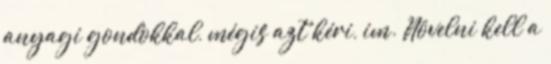
anyagi gondokkal, mégis azt kéri, im. Növelni kell a